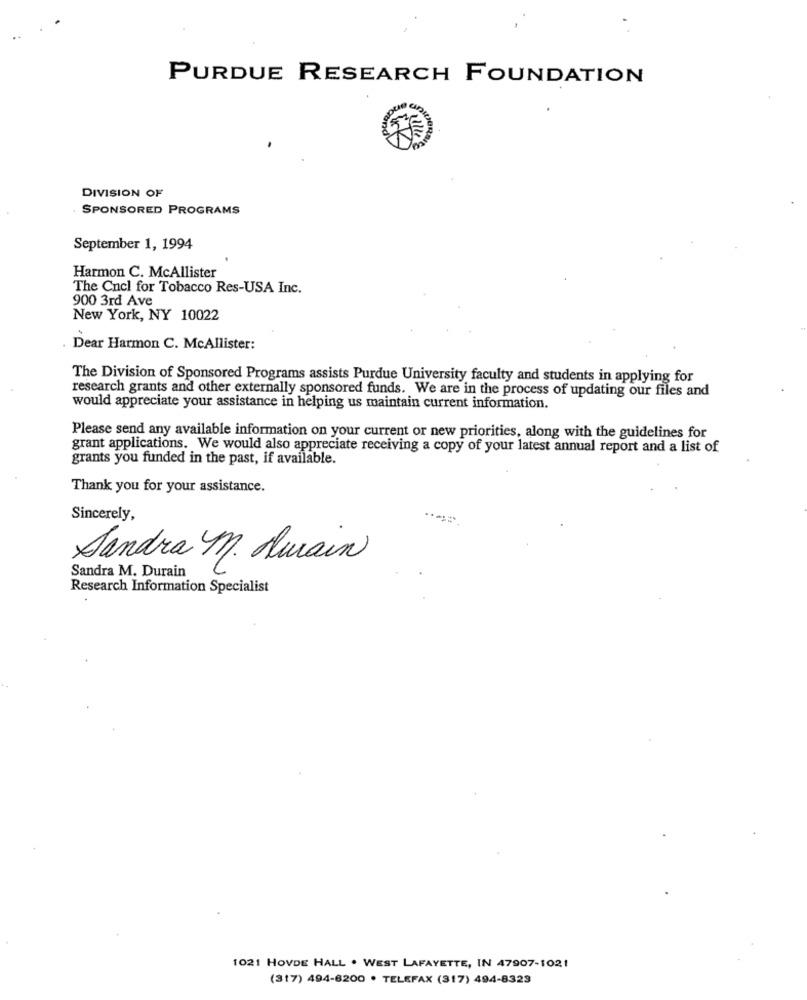
PURDUE RESEARCH FOUNDATION
and
DIVISION OF
SPONSORED PROGRAMS
September 1, 1994
Harmon C. McAllister
The Cncl for Tobacco Res-USA Inc.
900 3rd Ave
New York, NY 10022
Dear Harmon C. McAllister:
The Division of Sponsored Programs assists Purdue University faculty and students in applying for
research grants and other externally sponsored funds. We are in the process of updating our files and
would appreciate your assistance in helping us maintain current information.
Please send any available information on your current or new priorities, along with the guidelines for
grant applications. We would also appreciate receiving a copy of your latest annual report and a list of
grants you funded in the past, if available.
Thank you for your assistance.
Sincerely,
Sandra M. Durain
Sandra M. Durain
Research Information Specialist
1021 HOVDE HALL . WEST LAFAYETTE, IN 47907-1021
(317) 494-6200 . TELEFAX (317) 494-8323